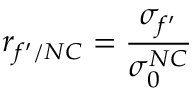
r _ { f ^ { \prime } / N C } = \frac { \sigma _ { f ^ { \prime } } } { \sigma _ { 0 } ^ { N C } }